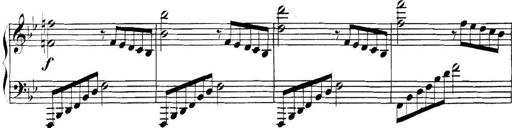
Title: Collected Piano Sonatas
Composer: Muzio Clementi